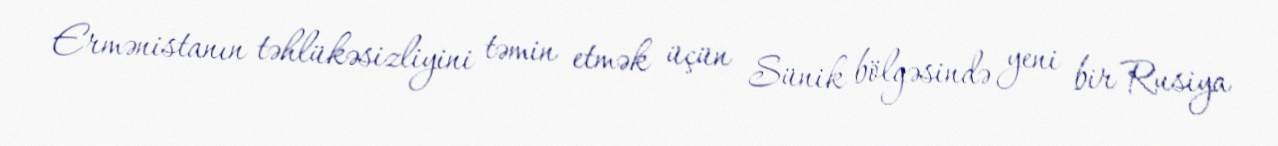
Ermənistanın təhlükəsizliyini təmin etmək üçün Sünik bölgəsində yeni bir Rusiya